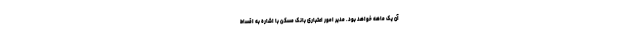
آن یک ماهه خواهد بود. مدیر امور اعتباری بانک مسکن با اشاره به اقساط